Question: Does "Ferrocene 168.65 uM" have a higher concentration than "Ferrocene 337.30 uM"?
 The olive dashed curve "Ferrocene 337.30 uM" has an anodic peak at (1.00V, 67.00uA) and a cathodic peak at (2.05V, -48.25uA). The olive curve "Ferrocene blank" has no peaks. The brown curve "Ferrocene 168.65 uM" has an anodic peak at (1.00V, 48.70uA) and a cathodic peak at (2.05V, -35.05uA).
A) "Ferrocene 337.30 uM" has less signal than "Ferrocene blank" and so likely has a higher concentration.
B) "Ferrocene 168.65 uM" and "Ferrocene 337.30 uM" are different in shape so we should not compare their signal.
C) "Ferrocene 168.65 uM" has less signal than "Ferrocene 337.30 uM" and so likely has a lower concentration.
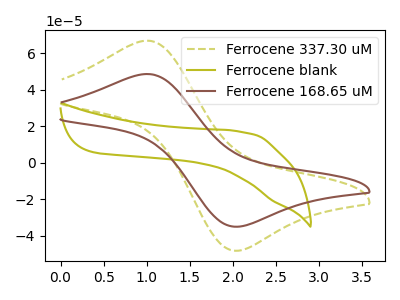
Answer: <think>All the peaks in "Ferrocene 168.65 uM" have a peak in "Ferrocene 337.30 uM" at the same potential. Every peak in "Ferrocene 168.65 uM" is lower than every peak in "Ferrocene 337.30 uM".
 </think>
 <answer>C) "Ferrocene 168.65 uM" has less signal than "Ferrocene 337.30 uM" and so likely has a lower concentration.</answer>
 <eval>C</eval>